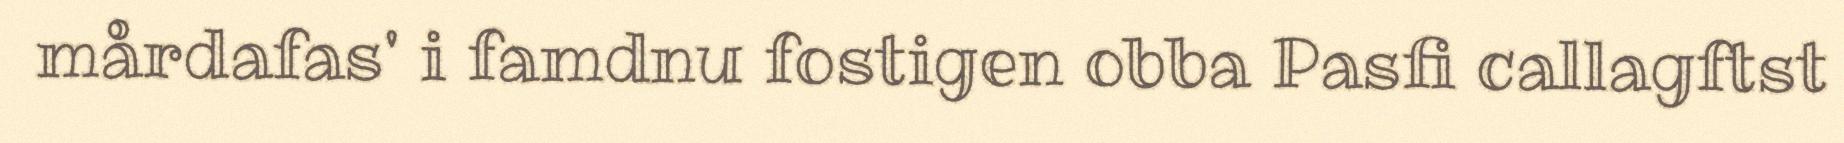
mårdafas' i famdnu fostigen obba Pasfi callagftst